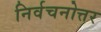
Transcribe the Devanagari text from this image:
निर्वचनोत्तर